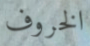
الخروف